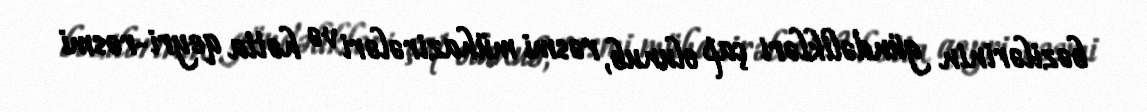
bəzilərinin gündəlikləri çap olunub, rəsmi mühazirələri və hətta qeyri-rəsmi